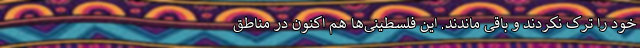
خود را ترک نکردند و باقی ماندند. این فلسطینی‌ها هم اکنون در مناطق